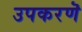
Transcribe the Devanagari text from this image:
उपकरणॆ